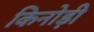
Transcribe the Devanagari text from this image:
किनोड़ी